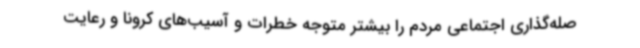
صله‌گذاری اجتماعی مردم را بیشتر متوجه خطرات و آسیب‌های کرونا و رعایت